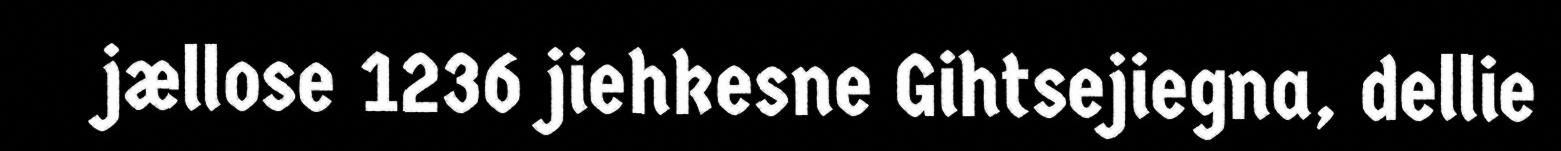
jællose 1236 jiehkesne Gihtsejiegna, dellie